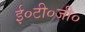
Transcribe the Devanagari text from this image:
ई०टी०जी०